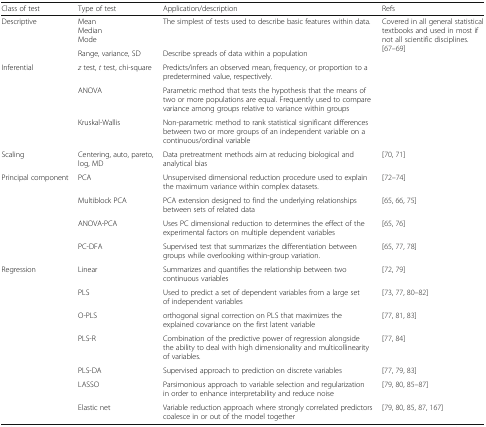
<table><thead><tr><td><b>Class of test</b></td><td><b>Type of test</b></td><td><b>Application/description</b></td><td><b>Refs</b></td></tr></thead><tbody><tr><td rowspan="2">Descriptive</td><td>MeanMedianMode</td><td>The simplest of tests used to describe basic features within data.</td><td rowspan="5">Covered in all general statistical textbooks and used in most if not all scientific disciplines.[67–69]</td></tr><tr><td>Range, variance, SD</td><td>Describe spreads of data within a population</td></tr><tr><td rowspan="3">Inferential</td><td><i>z</i> test, <i>t</i> test, chi-square</td><td>Predicts/infers an observed mean, frequency, or proportion to a predetermined value, respectively.</td></tr><tr><td>ANOVA</td><td>Parametric method that tests the hypothesis that the means of two or more populations are equal. Frequently used to compare variance among groups relative to variance within groups</td></tr><tr><td>Kruskal-Wallis</td><td>Non-parametric method to rank statistical significant differences between two or more groups of an independent variable on a continuous/ordinal variable</td></tr><tr><td>Scaling</td><td>Centering, auto, pareto, log, MD</td><td>Data pretreatment methods aim at reducing biological and analytical bias</td><td>[70, 71]</td></tr><tr><td rowspan="4">Principal component</td><td>PCA</td><td>Unsupervised dimensional reduction procedure used to explain the maximum variance within complex datasets.</td><td>[72–74]</td></tr><tr><td>Multiblock PCA</td><td>PCA extension designed to find the underlying relationships between sets of related data</td><td>[65, 66, 75]</td></tr><tr><td>ANOVA-PCA</td><td>Uses PC dimensional reduction to determines the effect of the experimental factors on multiple dependent variables</td><td>[65, 76]</td></tr><tr><td>PC-DFA</td><td>Supervised test that summarizes the differentiation between groups while overlooking within-group variation.</td><td>[65, 77, 78]</td></tr><tr><td>Regression</td><td>Linear</td><td>Summarizes and quantifies the relationship between two continuous variables</td><td>[72, 79]</td></tr><tr><td rowspan="6"></td><td>PLS</td><td>Used to predict a set of dependent variables from a large set of independent variables</td><td>[73, 77, 80–82]</td></tr><tr><td>O-PLS</td><td>orthogonal signal correction on PLS that maximizes the explained covariance on the first latent variable</td><td>[77, 81, 83]</td></tr><tr><td>PLS-R</td><td>Combination of the predictive power of regression alongside the ability to deal with high dimensionality and multicollinearity of variables.</td><td>[77, 84]</td></tr><tr><td>PLS-DA</td><td>Supervised approach to prediction on discrete variables</td><td>[77, 79, 83]</td></tr><tr><td>LASSO</td><td>Parsimonious approach to variable selection and regularization in order to enhance interpretability and reduce noise</td><td>[79, 80, 85–87]</td></tr><tr><td>Elastic net</td><td>Variable reduction approach where strongly correlated predictors coalesce in or out of the model together</td><td>[79, 80, 85, 87, 167]</td></tr></tbody></table>